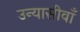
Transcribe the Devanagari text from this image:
उन्यासीवाँ